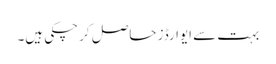
بہت سے ایوارڈز حاصل کر چکی ہیں۔